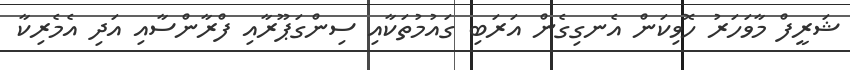
ޝަރީފް މާވަހަރު ހޮވިކަން އެނގިގެން އަރަބި ގައުމުތަކާއި ސިންގަޕޫރާއި ފްރާންސާއި އަދި އެމެރިކާ